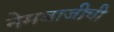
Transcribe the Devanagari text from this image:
नेमबाजीची